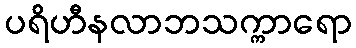
ပရိဟီနလာဘသက္ကာရော